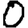
Digit: 0